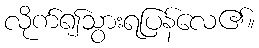
လိုက်၍သွားရပြန်လေ၏။